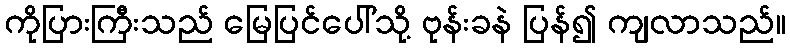
ကိုပြားကြီးသည် မြေပြင်ပေါ်သို့ ဗုန်းခနဲ ပြန်၍ ကျလာသည်။